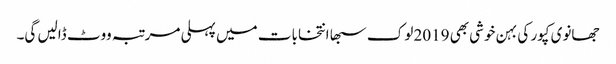
جھانوی کپور کی بہن خوشی بھی 2019 لوک سبھا انتخابات میں پہلی مرتبہ ووٹ ڈالیں گی۔